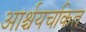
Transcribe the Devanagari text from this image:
आर्श्चयचकित